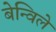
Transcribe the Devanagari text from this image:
बेन्विले